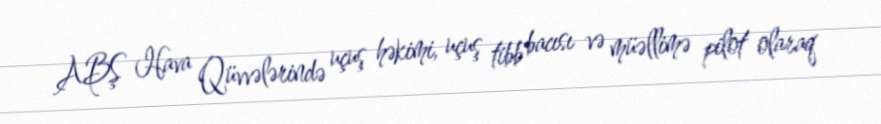
ABŞ Hava Qüvvələrində uçuş həkimi, uçuş tibb bacısı və müəllimə pilot olaraq